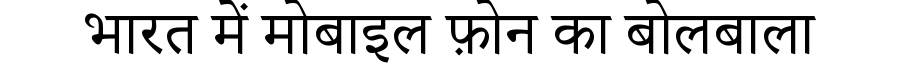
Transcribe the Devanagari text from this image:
भारत में मोबाइल फ़ोन का बोलबाला